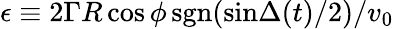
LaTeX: \epsilon\equiv 2\Gamma R\cos{\phi}\, \mathrm{sgn}(\mathrm{sin}{\Delta(t)/2})/v_{0}